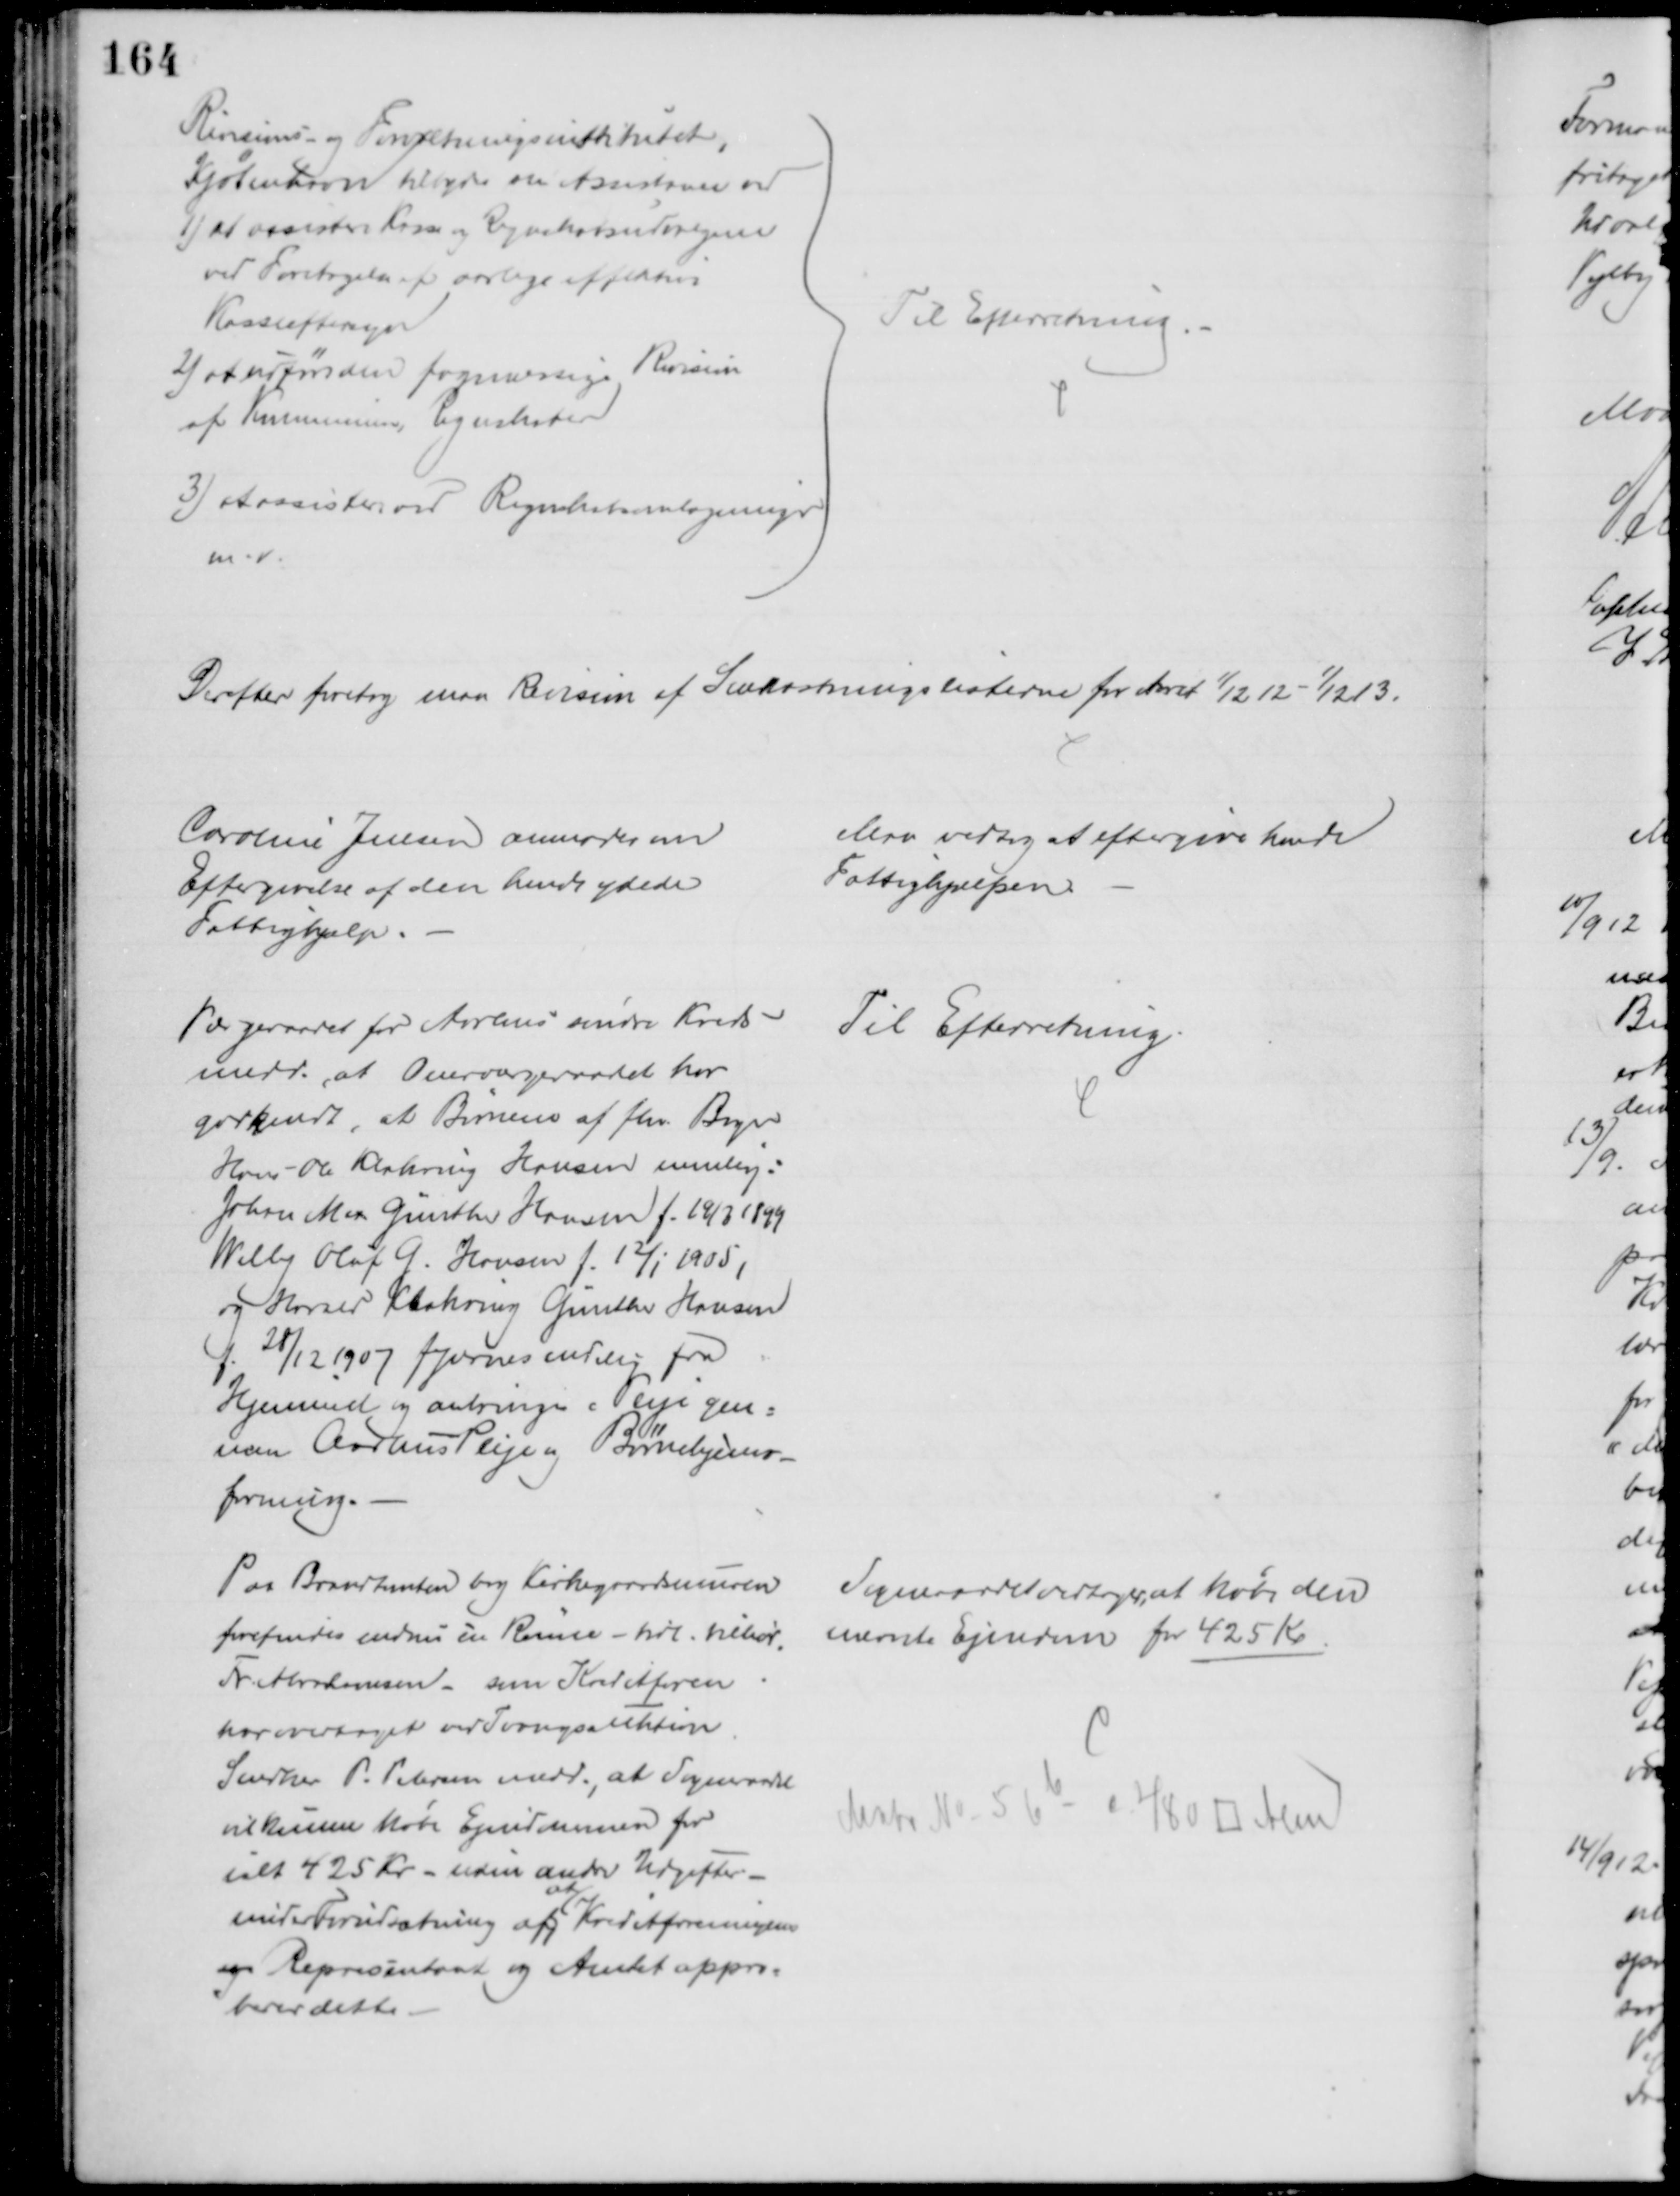
Transskription:
Revisions- og Forretningsinstitutet,
Kjøbenhavn tilbyder en Assistance ved
1) at assistere Kasse og Regnskabsudregnen
ved Foretagelse af aarlige effektive
Kasseeftersyn
2) at udføre den fagmæssige Revision
af Kommunens Regnskaber
3) at assistere ved Regnskabsomlægninger
m.v.
Til Efterretning.
Derefter foretog man Revision af Snekastningslisterne for Aaret 1/12 12 - 1/2 13.
Caroline Jensen anmoder om
Eftergivelse af den hende ydede
Fattighjælp.
Man vedtog at eftergive hende
Fattighjælpen
Værgeraadet for Aarhus søndre Kreds
medd., at Overværgeraadet har
godkendt, at Børnene af fhv. Bager
Hans-Ole Klakring Hansen nemlig:
Johan Max Günther Hansen f. 19/3 1899
Willy Oluf G. Hansen f. 12/1 1905,
og Harald Klakring Günther Hansen
f. 28/12 1907 fjæernes endelig fra
Hjemmet og anbringes i Pleje gen=
nem Aarhus Pleje og Børnehjems-
forening.
Til Efterretning.
Paa Brandtomten bag Kirkegaardsmuren
forefindes endnu en Ruin - tidl. tilhør.
Fr. Abrahamsen - som Kreditforen.
har overtaget ved Tvangsauktion.
Snedker P. Petersen medd., at Sogneraadet
vil kunne købe Ejendommen for
ialt 425 Kr. - uden andre Udgifter
under Forudsætning af 
at
Kreditforeningens
og Repræsentant og Amtet appro=
berer dette
Sogneraadet vedtager at købe den
nævnte Ejendom for 425 Kr
Matr. № 5 6b c. 480 □ Alen